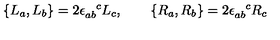
\{ L _ { a } , L _ { b } \} = 2 \epsilon _ { a b } ^ { \phantom { a b } c } L _ { c } , \qquad \{ R _ { a } , R _ { b } \} = 2 \epsilon _ { a b } ^ { \phantom { a b } c } R _ { c }